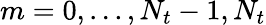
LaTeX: m=0,...,N_{t}-1,N_{t}